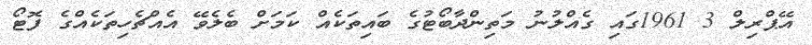
އޭޕްރިލް 3 1961ގައި ގެއްލުނު މަތިންދާބޯޓުގެ ބައިތަކެއް ކަމަށް ބެލެވޭ އެއްޗެހިތަކެއްގެ ފޮޓޯ